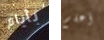
بأيام أعلم